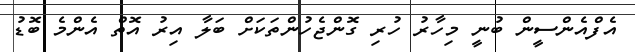
އެފްއެންސީން ބުނީ މިހާރު ހުރި ގޮންޖެހުންތަކަށް ބަލާ އިރު އޮތް އެންމެ ބޮޑު